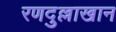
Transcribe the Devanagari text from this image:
रणदुल्लाखान